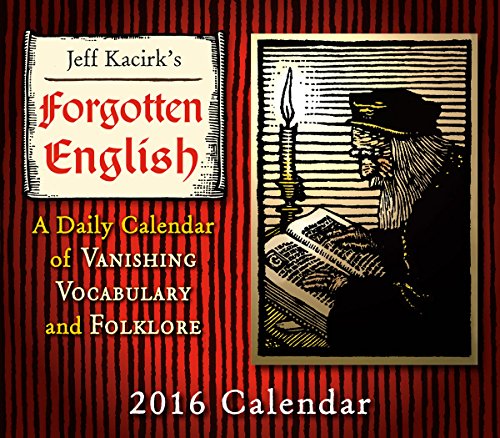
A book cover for Forgotten English 2016 Boxed/Daily Calendar; Jeffrey Kacirk; Politics & Social Sciences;